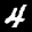
Label: 4